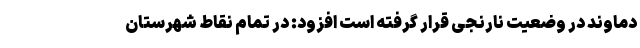
دماوند در وضعیت نارنجی قرار گرفته است افزود: در تمام نقاط شهرستان